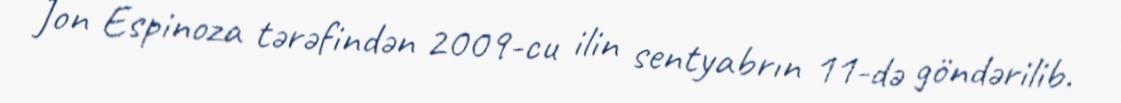
Jon Espinoza tərəfindən 2009-cu ilin sentyabrın 11-də göndərilib.